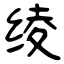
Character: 绫